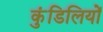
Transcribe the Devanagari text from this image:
कुंडिलियों